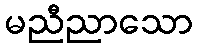
မညီညာသော